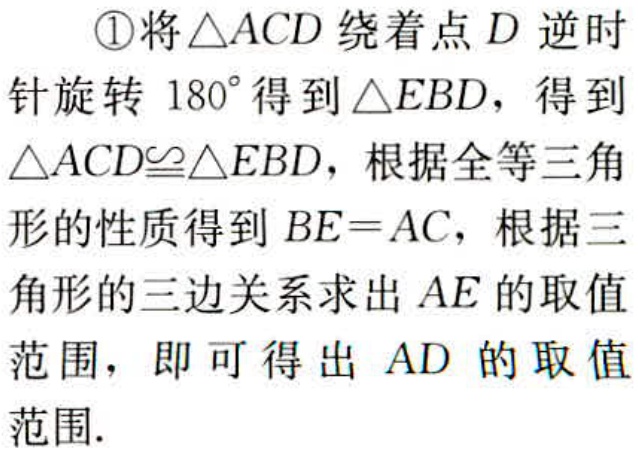
\textcircled{1}将$\triangle ACD$绕着点$D$逆时针旋转$180^{\circ}$得到$\triangle EBD$，得到$\triangle ACD\cong\triangle EBD$，根据全等三角形的性质得到$BE = AC$，根据三角形的三边关系求出$AE$的取值范围，即可得出$AD$的取值范围.